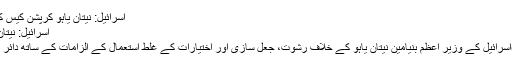
اسرائیل: نیتان یاہو کرپشن کیس کی دوسری پیشی | FikroKhabar
اسرائیل: نیتان یاہو کرپشن کیس کی دوسری پیشی
19جولائی 2020(فکروخبر/ذرائع)اسرائیل کے وزیر اعظم بنیامین نیتان یاہو کے خلاف رشوت، جعل سازی اور اختیارات کے غلط استعمال کے الزامات کے ساتھ دائر کرپشن کیس کی دوسری پیشی ہوئی۔